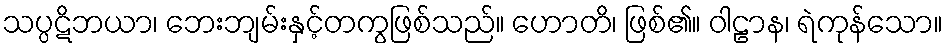
သပ္ပဋိဘယာ၊ ဘေးဘျမ်းနှင့်တကွဖြစ်သည်။ ဟောတိ၊ ဖြစ်၏။ ဝါဠာန၊ ရဲကုန်သော။